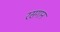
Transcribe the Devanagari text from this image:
रसगान